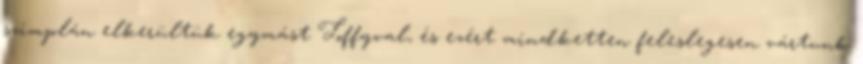
szimplán elkerültük egymást Toffyval, és ezért mindketten feleslegesen vártunk